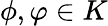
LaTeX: \phi,\varphi\in K